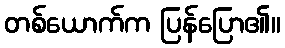
တစ်ယောက်က ပြန်ပြော၏။